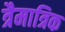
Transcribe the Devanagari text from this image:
त्रैमात्रिक